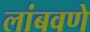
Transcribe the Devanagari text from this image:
लांबवणे